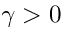
\gamma > 0